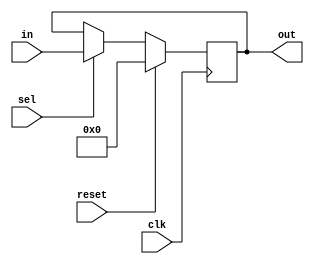
module reg4bit(out, in, clk, sel,reset);
input [3:0] in;
input clk;
input sel;
output reg [3:0]out;
input reset;
always @ (posedge clk)
if (reset)
begin
out<=4'b0000;
end
else if (sel)
begin
out<=in;
end
endmodule